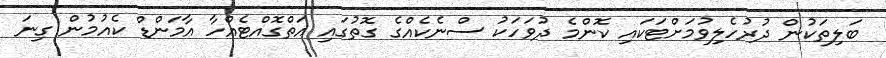
ބަލިތަކުން ދުރުހެލިވުމަށްޓަކައި ކޮންމެ ދުވަހަކު ސްނެކެއްގެ ގޮތުގައި އަތްގޮއްޓެއްހާ އާމަންޑް ކެއުމުން ގިނަ